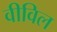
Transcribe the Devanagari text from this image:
वीविल